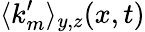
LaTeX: \langle k_{m}^{\prime}\rangle_{y,z}(x,t)